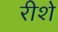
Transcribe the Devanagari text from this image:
रीशे